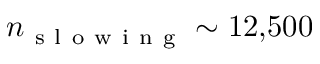
n _ { \mathrm { ~ s ~ l ~ o ~ w ~ i ~ n ~ g ~ } } \sim 1 2 { , } 5 0 0